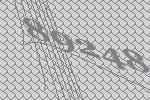
89248